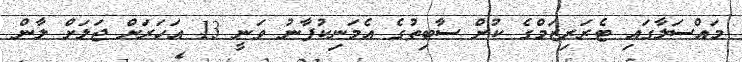
މައްސަލާގައި ޓެރަރިޒަމްގެ ކުށް ސާބިތުގެ އެމަނިކުފާނު ވަނީ 13 އަހަރަށް ޖަލަށް ލާން